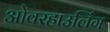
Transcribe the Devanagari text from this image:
ओवरहाउलिंग